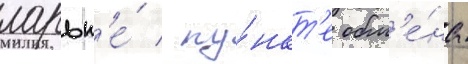
ларьк'е́ / пу́нкт'е обм'е́на